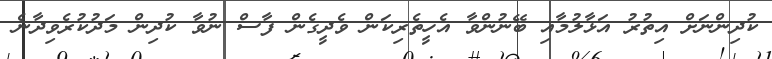
ކުދިންނަށް އިތުރު އަޅާލުމާއި ބޭނުންވާ އެހީތެރިކަން ވެދީގެން ފާސް ނުވާ ކުދިން މަދުކުރެވިދާނެ